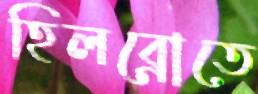
হিলব্রোতে